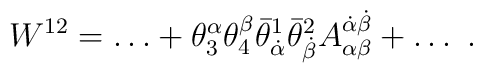
W^{12} = \ldots + \theta^\alpha_3\theta^\beta_4\bar\theta^1_{\dot\alpha}  \bar\theta^2_{\dot\beta}A^{\dot\alpha\dot\beta}_{\alpha\beta} + \ldots\ .